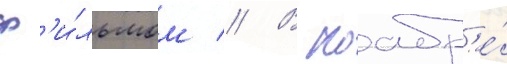
ф'и́льмом // В ноабр'е́